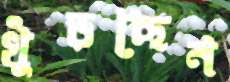
খুঁড়ছেন